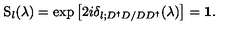
\mathrm { S } _ { l } ( \lambda ) = \exp \left[ 2 i \delta _ { l ; D ^ { \dagger } D / D D ^ { \dagger } } ( \lambda ) \right] = { \bf 1 } .